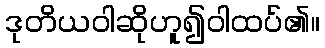
ဒုတိယဝါဆိုဟူ၍ဝါထပ်၏။